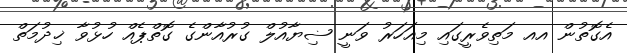
އެގޮތުން އއ މަތިވެރީގައި މިއަހަރު ވަނީ ޟިޔާއުލް ގުރުއާންގެ ގޮތްޕެއް ހުޅުވާ ޚިދުމަތް